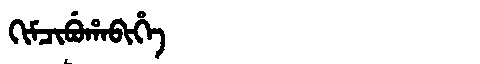
Manchu: ᡴᡳᠮᠴᡳᠪᡠᡥᠠᠪᡳᡥᡝ
Romanization: KIMCIBUHABIHE